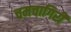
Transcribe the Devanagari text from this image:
चमचागिरी